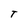
Character: T